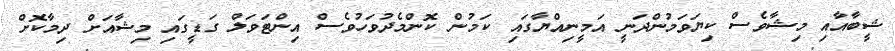
ޝީބާއާއި މިޝާވެސް ކިޔަވަމުންދަނީ އަމީނިއްޔާގައި ކަމުން ކޮންމެދުވަހުވެސް އިންޓަވަލް ގަޑީގައި މިޝާއަށް ދިމާކޮށް